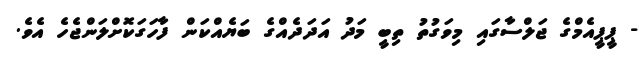
- ޕީޕީއެމްގެ ޖަލްސާގައި މިވަގުތު ތިބީ މަދު އަދަދެއްގެ ބަޔެއްކަން ފާހަގަކޮށްލަންޖެހެ އެވެ.